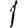
Digit: 1